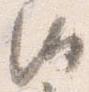
汰